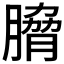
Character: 𮌯